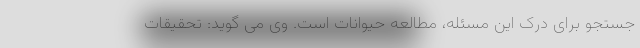
جستجو برای درک این مسئله، مطالعه حیوانات است. وی می گوید: تحقیقات